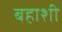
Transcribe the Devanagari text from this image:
बहाशी